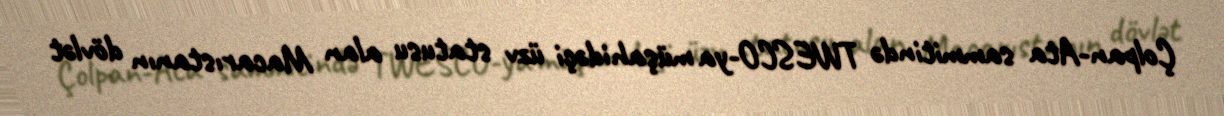
Çolpan-Ata sammitində TWESCO-ya müşahidəçi üzv statusu alan Macarıstanın dövlət